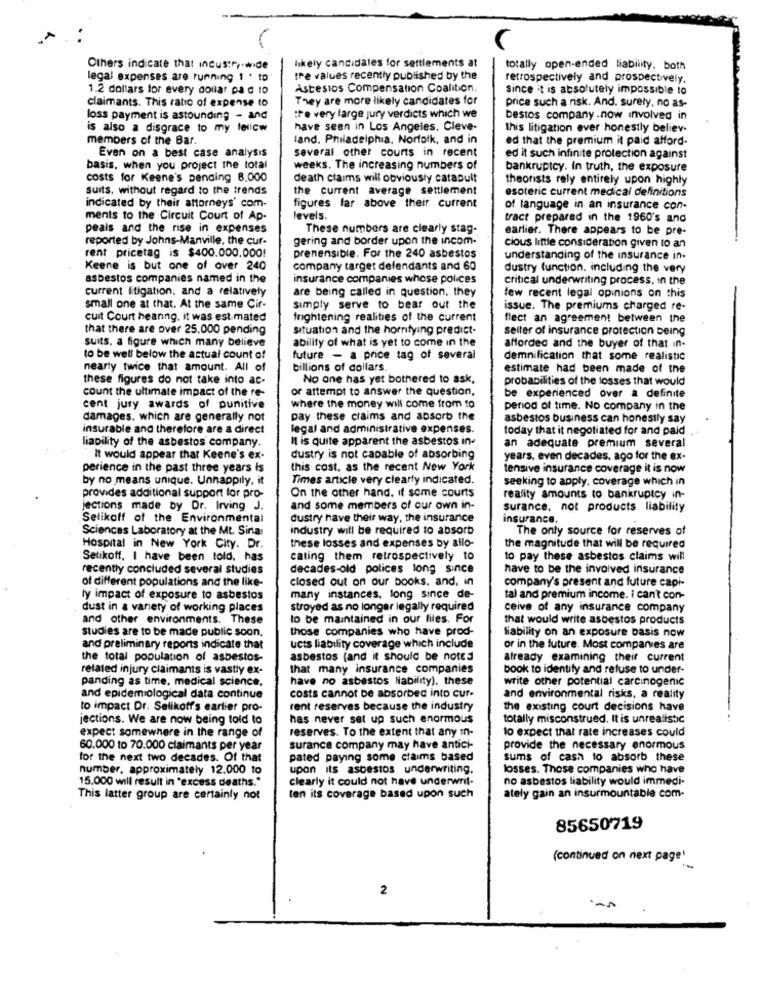
Others indicate that Incustry-wide
likely candidates for settlements at
totally open-ended liability. both
legal expenses are running 1 . to
the values recently published by the
retrospectively and prospectively.
1.2 dollars for every dollar pa d to
Astesios Compensation Coalition.
since it is absolutely impossible to
claimants. This ratio of expense to
They are more likely candidates for
price such a risk. And. surely, no as-
loss payment is astounding - and
tre very large jury verdicts which we
bestos company.now involved in
is also a disgrace to my felicw
have seen in Los Angeles, Cleve-
this litigation ever honestly believ.
members of the Bar.
land. Philadelphia, Norfolk, and in
ed that the premium it paid afford-
Even on a best case analysis
several other courts in recent
ed it such infinite protection against
basis, when you project the total
weeks. The increasing numbers of
bankruptcy. In truth, the exposure
costs for Keene's pending 8.000
death claims will obviously catapult
theorists rely entirely upon highly
suits, without regard to the trends
the current average settlement
esoteric current medical definitions
indicated by their attorneys' com-
figures far above their current
of language in an insurance con-
ments to the Circuit Court of Ap-
levels.
tract prepared in the 1960's and
peals and the rise in expenses
These numbers are clearly stag-
earlier. There appears to be pre-
reported by Johns-Manville, the cur-
gering and border upon the incom.
cious little consideration given to an
rent pricetag is $400.000.000!
prenensible. For the 240 asbestos
understanding of the insurance in-
Keene is but one of over 240
company target defendants and 60
dustry function. including the very
asbestos companies named in the
insurance companies whose polices
critical underwriting process. in the
current litigation, and a relatively
are being called in question, they
few recent legal opinions on this
small one at that. At the same Cir-
simply serve to bear out the
issue. The premiums charged re-
cuit Court hearing. it was est mated
frightening realities of the current
flect an agreement between the
that there are over 25.000 pending
situation and the horrifying predict-
selter of insurance protection being
ability of what is yet to come in the
suits. a figure which many believe
afforded and the buyer of that in-
to be well below the actual count of
future - a price tag of several
demnification that some realistic
nearly twice that amount. All of
billions of dollars.
estimate had been made of the
these figures do not take into ac-
No one has yet bothered to ask,
probabilities of the losses that would
count the ultimate impact of the re-
or attempt to answer the question,
be experienced over a definite
cent jury awards of punitive
where the money will come from to
period of time. No company in the
damages. which are generally not
pay these claims and absorb the
asbestos business can honestly say
insurable and therefore are a direct
legal and administrative expenses.
today that it negotiated for and paid
liability of the asbestos company.
Il is quite apparent the asbestos in-
an adequate premium several
It would appear that Keene's ex-
dustry is not capable of absorbing
years, even decades, ago for the ex-
perience in the past three years Is
this cost, as the recent New York
tensive insurance coverage it is now
by no means unique. Unhappily, it
Times article very clearly indicated.
seeking to apply, coverage which in
provides additional support for pro-
On the other hand, if some courts
reality amounts to bankruptcy in-
jections made by Dr. Irving J.
and some members of our own in-
surance, not products liability
Selikoff of the Environmental
dustry have their way, the insurance
insurance.
Sciences Laboratory at the Mt. Sina
industry will be required to absorb
The only source for reserves of
Hospital in New York City. Dr.
these losses and expenses by allo-
the magnitude that will be required
Setikoff, I have been told, has
cating them retrospectively to
to pay these asbestos claims will
recently concluded several studies
decades-old polices long since
have to be the involved insurance
of different populations and the like-
closed out on our books. and, in
company's present and future capi-
ly impact of exposure to asbestos
many instances, long since de-
tal and premium income. i can't con-
dust in a variety of working places
stroyed as no longer legally required
ceive of any insurance company
and other environments. These
to be maintained in our files. For
that would write asbestos products
studies are to be made public soon.
those companies who have prod-
liability on an exposure basis now
and preliminary reports indicate that
ucts liability coverage which include
or in the future. Most companies are
the total population of asbestos-
asbestos (and it should be noted
already examining their current
related injury claimants is vastly ex-
that many insurance companies
book to identify and refuse to under-
panding as time, medical science.
have no asbestos Nability). these
write other potential carcinogenic
and epidemiological data continue
costs cannot be absorbed into cur.
and environmental risks, a reality
to impact Dr. Selikoff's earlier pro-
rent reserves because the industry
the existing court decisions have
jections. We are now being told to
has never set up such enormous
totally misconstrued. It is unrealistic
reserves. To the extent that any In-
to expect that rate increases could
expect somewhere in the range of
60.000 to 70.000 claimants per year
surance company may have antici-
provide the necessary enormous
for the next two decades. Of that
pated paying some claims based
sums of cash to absorb these
number, approximately 12.000 to
upon its asbestos underwriting.
losses. Those companies who have
15.000 will result in "excess deaths."
clearly it could not have underwrit-
no asbestos liability would immedi-
This latter group are certainly not
ten its coverage based upon such
ately gain an insurmountable com-
85650719
(continued on next page'
2
-.